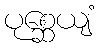
ပုစ္ဆေယျံ